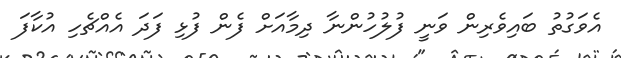
އެވަގުތު ބައިވެރިން ވަނީ ފުލުހުންނާ ދިމާއަށް ފެން ފުޅި ފަދަ އެއްޗެހި އުކާފަ